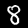
Digit: 8